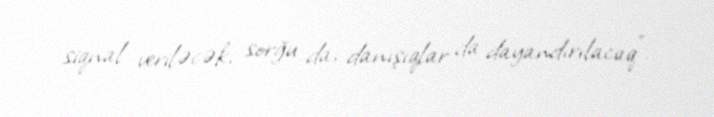
siqnal veriləcək, sorğu da, danışıqlar da dayandırılacaq”.